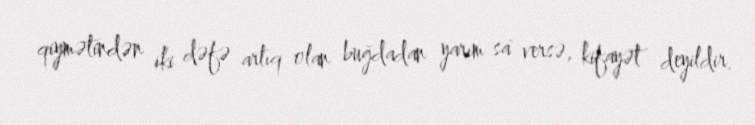
qiymətindən iki dəfə artıq olan buğdadan yarım sa` versə, kifayət deyildir.